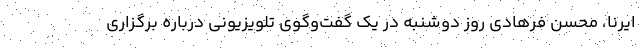
ایرنا، محسن فرهادی روز دوشنبه در یک گفت‌وگوی تلویزیونی درباره برگزاری